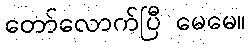
တော်လောက်ပြီ မေမေ။